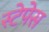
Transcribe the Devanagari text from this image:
स्टेपेस